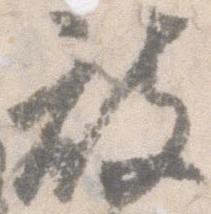
被